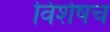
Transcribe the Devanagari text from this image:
विशेषच